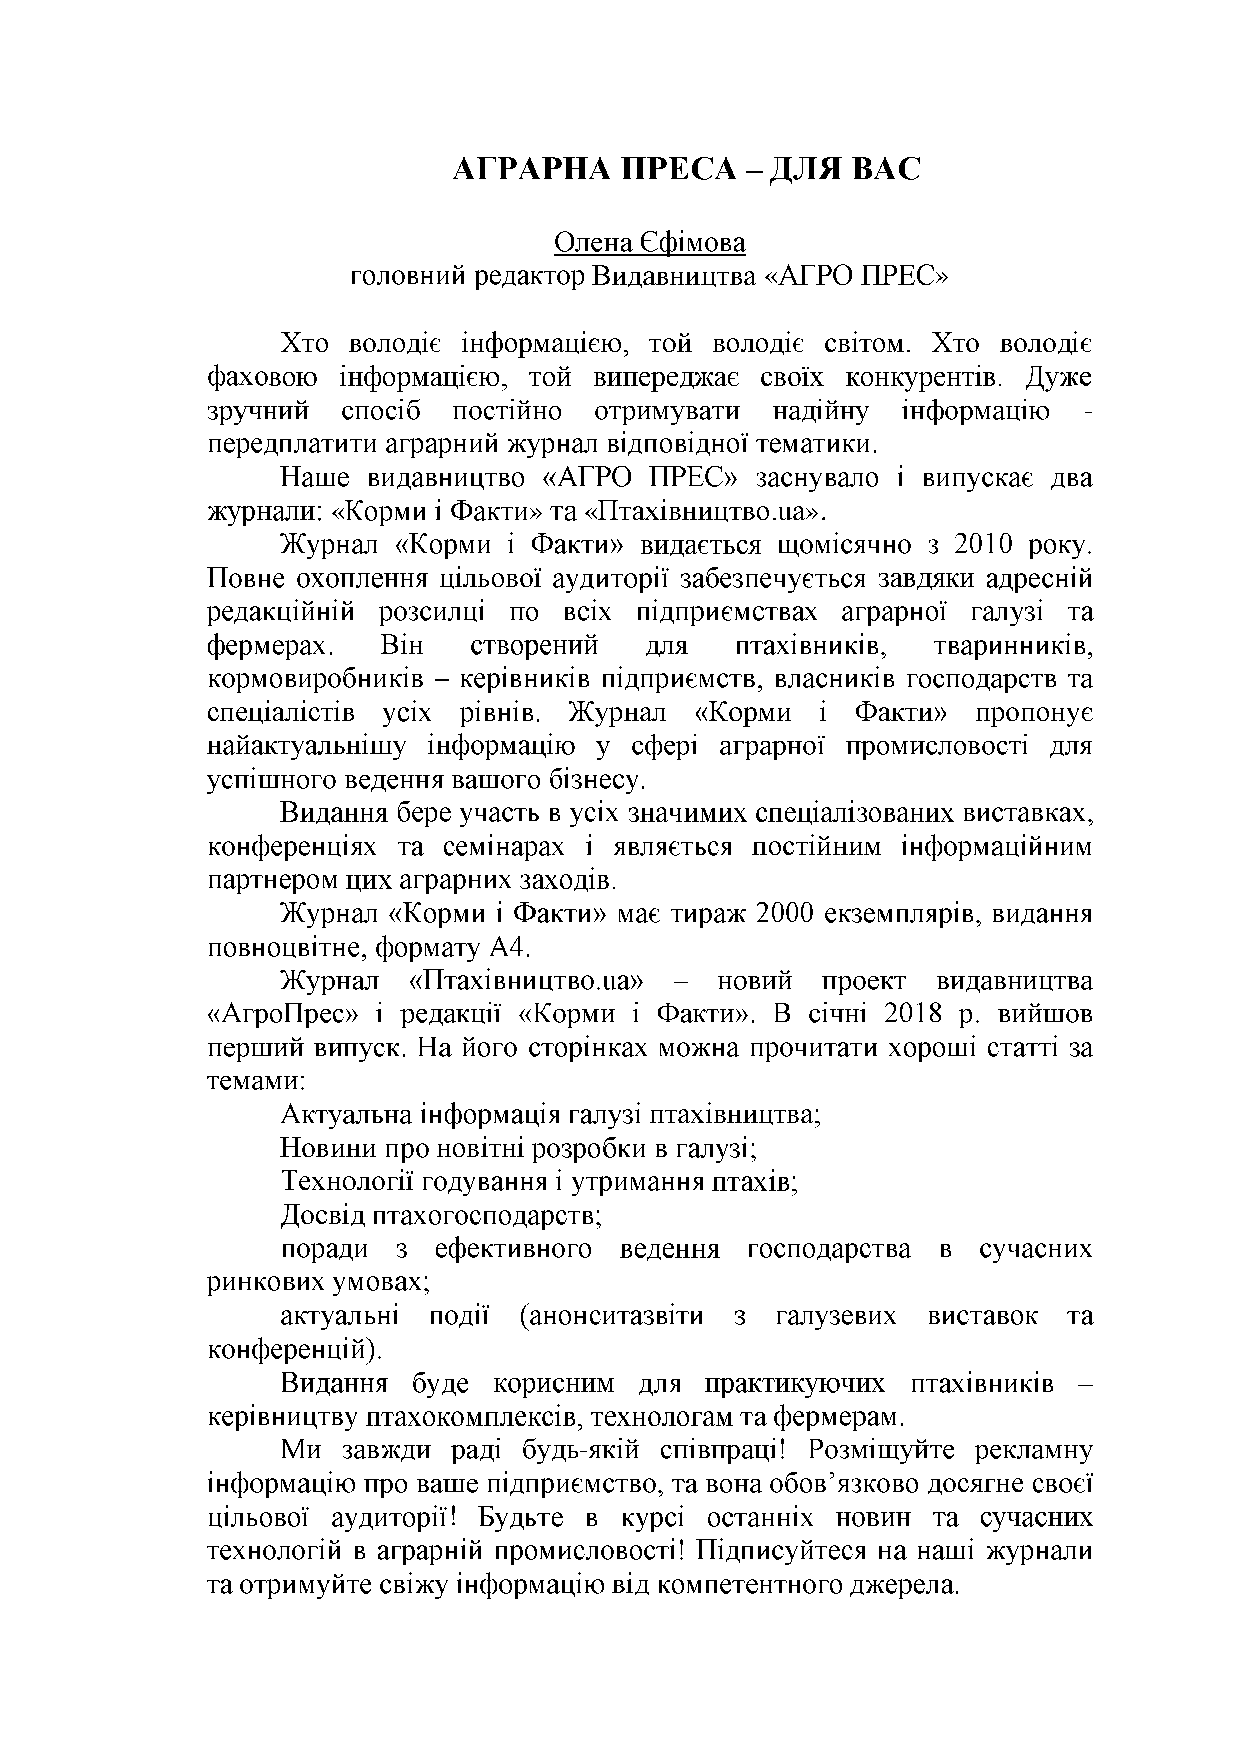
«          »
 -
 «            »   «             ».
 -
 !